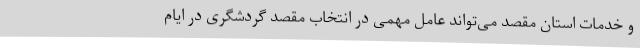
و خدمات استان مقصد می‌تواند عامل مهمی در انتخاب مقصد گردشگری در ایام